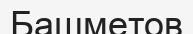
Башметов